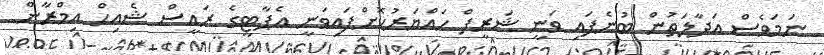
ނަމަވެސް އަދާލަތުން ބުނެފައި ވަނީ ޝަރީފް ހައްޔަރުކޮށްފައިވަނީ އެޕާޓީގެ ރައީސް ޝެއިހް އިމްރާން